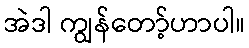
အဲဒါ ကျွန်တော့်ဟာပါ။